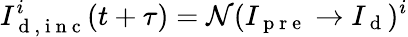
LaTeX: I_{\mathrm{~d~,~i~n~c~}}^{i}(t+\tau)=\mathcal{N}(I_{\mathrm{~p~r~e~}}\rightarrow I_{\mathrm{~d~}})^{i}